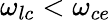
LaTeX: \omega_{lc}<\omega_{ce}